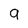
Character: q